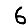
Digit: 6